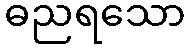
ဓညရသော